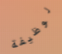
لوظيفة